Plague in India, 1896, 1897 - Volume 3
Year: 1896
Disease focus: Plague
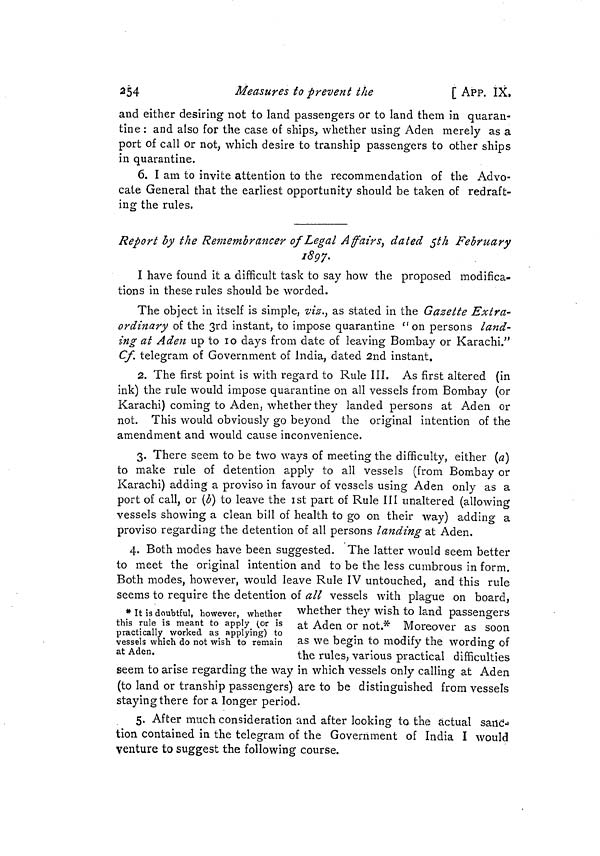
254
Measures to prevent the
[ APP. IX.
and either desiring not to land passengers or to land them in quaran-
tine : and also for the case of ships, whether using Aden merely as a
port of call or not, which desire to tranship passengers to other ships
in quarantine.
6. I am to invite attention to the recommendation of the Advo-
cate General that the earliest opportunity should be taken of redraft-
ing the rules.
Report by the Remembrancer of Legal Affairs, dated 5th February
1897.
I have found it a difficult task to say how the proposed modifica-
tions in these rules should be worded.
The object in itself is simple, viz., as stated in the Gazette Extra-
ordinary of the 3rd instant, to impose quarantine "on persons land'
ing at Aden up to 10 days from date of leaving Bombay or Karachi."
Cf. telegram of Government of India, dated 2nd instant.
2. The first point is with regard to Rule III. As first altered (in
ink) the rule would impose quarantine on all vessels from Bombay (or
Karachi) coming to Aden, whether they landed persons at Aden or
not. This would obviously go beyond the original intention of the
amendment and would cause inconvenience.
3. There seem to be two ways of meeting the difficulty, either (a)
to make rule of detention apply to all vessels (from Bombay or
Karachi) adding a proviso in favour of vessels using Aden only as a
port of call, or (b) to leave the 1st part of Rule III unaltered (allowing
vessels showing a clean bill of health to go on their way) adding a
proviso regarding the detention of all persons landing at Aden.
4. Both modes have been suggested. The latter would seem better
to meet the original intention and to be the less cumbrous in form.
Both modes, however, would leave Rule IV untouched, and this rule
seems to require the detention of all vessels with plague on board,
* It is doubtful, however, whether
this rule is meant to apply (or is
practically worked as applying) to
vessels which do not wish to remain
at Aden.
whether they wish to land passengers
at Aden or not.* Moreover as soon
as we begin to modify the wording of
the rules, various practical difficulties
seem to arise regarding the way in which vessels only calling at Aden
(to land or tranship passengers) are to be distinguished from vessels
staying there for a longer period.
5. After much consideration and after looking to the actual sailed
tion contained in the telegram of the Government of India I would
venture to suggest the following course.